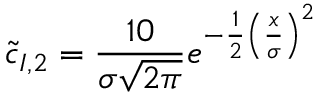
\tilde { c } _ { I , 2 } = \frac { 1 0 } { \sigma \sqrt { 2 \pi } } e ^ { - \frac { 1 } { 2 } \left( \frac { x } { \sigma } \right) ^ { 2 } }